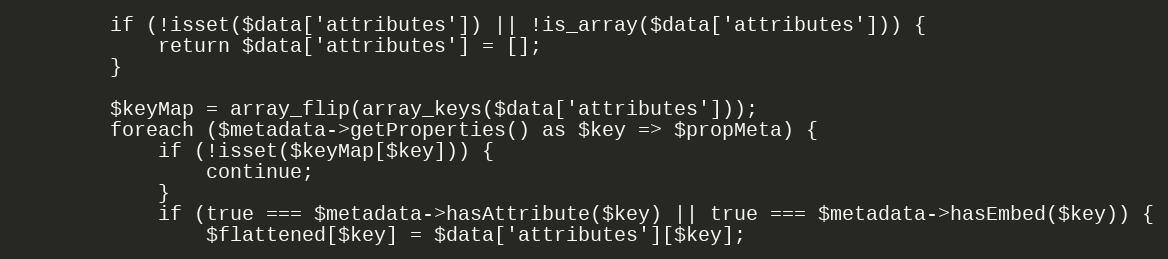
Language: PHP
        if (!isset($data['attributes']) || !is_array($data['attributes'])) {
            return $data['attributes'] = [];
        }

        $keyMap = array_flip(array_keys($data['attributes']));
        foreach ($metadata->getProperties() as $key => $propMeta) {
            if (!isset($keyMap[$key])) {
                continue;
            }
            if (true === $metadata->hasAttribute($key) || true === $metadata->hasEmbed($key)) {
                $flattened[$key] = $data['attributes'][$key];